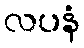
လပနံ